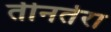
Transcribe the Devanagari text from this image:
तीनतेरा